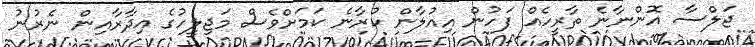
ޖަލްސާ އޮންނާނެ ތާރީހެއް ފަހުން އިއުލާން ކުރާނެ ކަމަށްވެސް މަޖިލީހުގެ އިދާރާއިން ނެރުނު